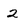
Character: 2